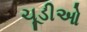
ચૂડીઓ